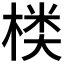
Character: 𰘂